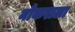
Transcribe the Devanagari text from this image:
नोकराला